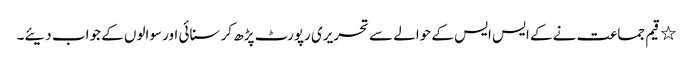
٭	قیم جماعت نے کے ایس ایس کے حوالے سے تحریری رپورٹ پڑھ کر سنائی اور سوالوں کے جواب دیئے۔